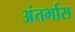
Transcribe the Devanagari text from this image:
अंतर्भास